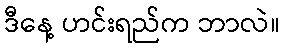
ဒီနေ့ ဟင်းရည်က ဘာလဲ။